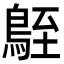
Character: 𪀒